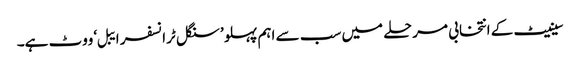
سینیٹ کے انتخابی مرحلے میں سب سے اہم پہلو ’سنگل ٹرانسفر ایبل‘ ووٹ ہے۔